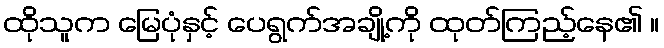
ထိုသူက မြေပုံနှင့် ပေရွက်အချို့ကို ထုတ်ကြည့်နေ၏ ။